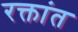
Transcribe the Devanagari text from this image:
रक्तांत